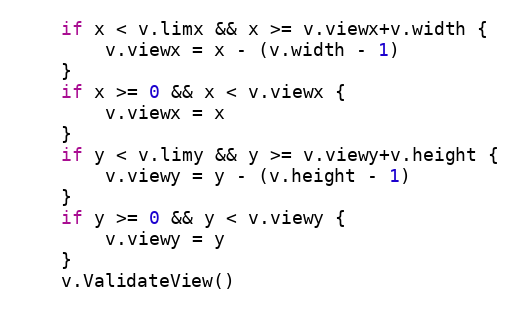
Language: Go
	if x < v.limx && x >= v.viewx+v.width {
		v.viewx = x - (v.width - 1)
	}
	if x >= 0 && x < v.viewx {
		v.viewx = x
	}
	if y < v.limy && y >= v.viewy+v.height {
		v.viewy = y - (v.height - 1)
	}
	if y >= 0 && y < v.viewy {
		v.viewy = y
	}
	v.ValidateView()